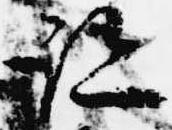
跡